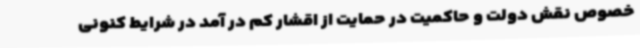
خصوص نقش دولت و حاکمیت در حمایت از اقشار کم در آمد در شرایط کنونی